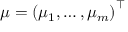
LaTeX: { \boldsymbol { \mu } } = \left( \mu _ { 1 } , \ldots , \mu _ { m } \right) ^ { \top }